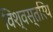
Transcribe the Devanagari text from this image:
विश्वस्तरिय